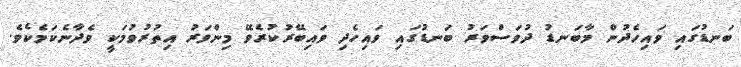
ބަނޑުގައި ވައިހެދުން މާބަނޑު ދުވަސްވަރު ބަނޑުގައި ވައިހެދި ވައިބޭރުކުރެވޭ މިންވަރު އިތުރުވުމަކީ ވެދާނެކަމެކެވެ.